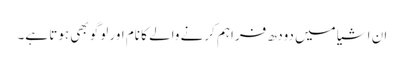
ان اشیا میں دودھ فراہم کرنے والے کا نام اور لوگو بھی ہوتا ہے۔